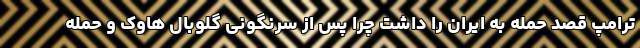
ترامپ قصد حمله به ایران را داشت چرا پس از سرنگونی گلوبال هاوک و حمله